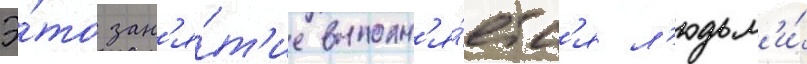
Э́то зан'я́т'ие выполн'я́етс'я л'юдьм'и́